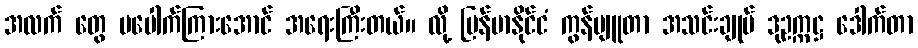
အလက် တွေ မပေါက်ကြားအောင် အရေးကြီးတယ်။ လို့ မြန်မာနိုင်ငံ ကွန်ပျူတာ အသင်းချုပ် ဒုဥက္ကဋ္ဌ ဒေါက်တာ